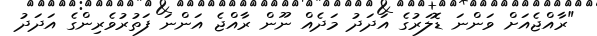
"ރާއްޖެއަށް ވަންނަ ޑޮލަރުގެ އަދަދު މަދެއް ނޫން ރާއްޖެ އަންނަ ފަތުރުވެރިންގެ އަދަދު